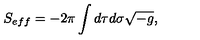
S _ { e f f } = - 2 \pi \int d \tau d \sigma \sqrt { - g } ,